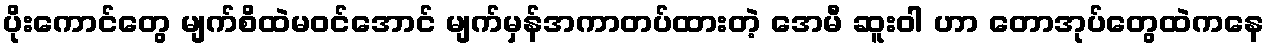
ပိုးကောင်တွေ မျက်စိထဲမဝင်အောင် မျက်မှန်အကာတပ်ထားတဲ့ အေမီ ဆူးဝါ ဟာ တောအုပ်တွေထဲကနေ